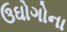
ઉઘોગોના